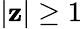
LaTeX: |\mathbf{z}|\geq1